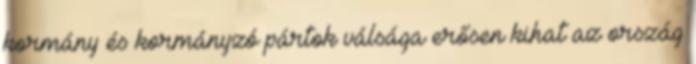
kormány és kormányzó pártok válsága erősen kihat az ország